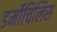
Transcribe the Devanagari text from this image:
डर्मोचिलिस